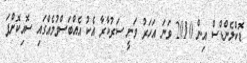
ޑޮކްލެންޑްސް އިން 2010 ވަނަ އަހަރު ވަނީ ސަރުކާރާ އެކު އެއްބަސްވުމެއްގައި ސޮއިކޮށްފަ